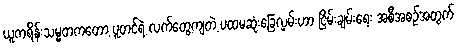
ယူကရိန်းသမ္မတကတော့ ပူတင်ရဲ့ လက်တွေ့ကျတဲ့ ပထမဆုံးခြေလှမ်းဟာ ငြိမ်းချမ်းရေး အစီအစဉ်အတွက်